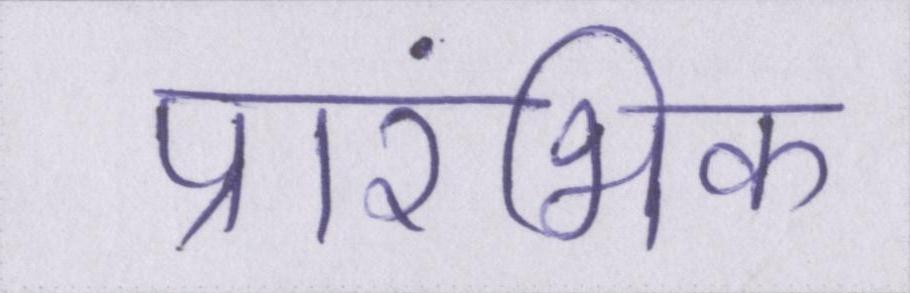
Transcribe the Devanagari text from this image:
प्रारंभिक